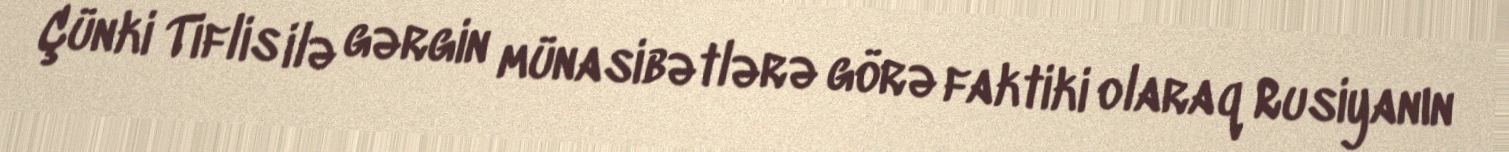
Çünki Tiflis ilə gərgin münasibətlərə görə faktiki olaraq Rusiyanın